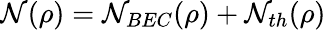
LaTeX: \mathcal{N}(\rho)=\mathcal{N}_{BEC}(\rho)+\mathcal{N}_{th}(\rho)